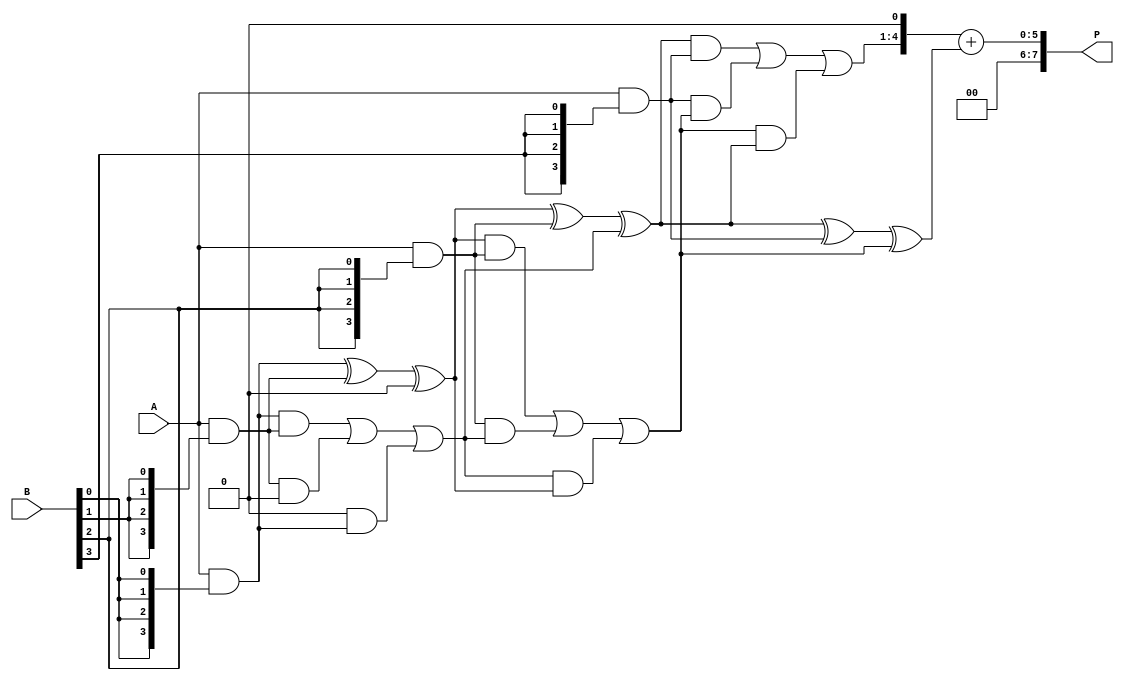
module wallace_tree_multiplier #(parameter N = 4) (
    input [N-1:0] A,
    input [N-1:0] B,
    output [2*N-1:0] P
);

    // Partial product generation
    wire [N-1:0] pp [0:N-1]; // Partial products
    genvar i, j;
    generate
        for (i = 0; i < N; i = i + 1) begin : pp_gen
            assign pp[i] = A & {N{B[i]}};
        end
    endgenerate

    // Carry-save adder (CSA) structure
    wire [N-1:0] sum [0:N-1]; // Sums from CSAs
    wire [N-1:0] carry [0:N-1]; // Carries from CSAs

    // Initial stage of CSA
    assign sum[0] = pp[0];
    assign carry[0] = 0;

    generate
        for (i = 1; i < N; i = i + 1) begin : csa_stage1
            wire [N-1:0] a = sum[i-1];
            wire [N-1:0] b = pp[i];
            wire [N-1:0] c = carry[i-1];

            // CSA operation
            assign sum[i] = a ^ b ^ c;
            assign carry[i] = (a & b) | (b & c) | (c & a);
        end
    endgenerate

    // Final addition
    wire [N-1:0] final_sum;
    wire [N-1:0] final_carry;

    assign final_sum = sum[N-1];
    assign final_carry = carry[N-1];

    // Final adder (simple ripple carry adder)
    wire [2*N-1:0] final_product;
    assign final_product = {final_carry, 1'b0} + {1'b0, final_sum};

    // Output assignment
    assign P = final_product;

endmodule